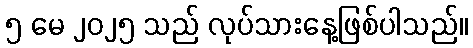
၅ မေ ၂၀၂၅ သည် လုပ်သားနေ့ဖြစ်ပါသည်။